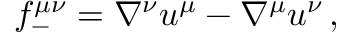
f _ { - } ^ { \mu \nu } = \nabla ^ { \nu } u ^ { \mu } - \nabla ^ { \mu } u ^ { \nu } \, ,